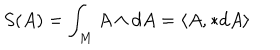
LaTeX: S ( A ) = \int _ { M } A \wedge d A = \langle A , * d A \rangle